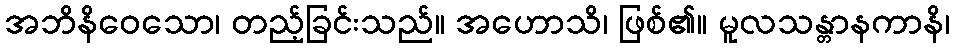
အဘိနိဝေသော၊ တည့်ခြင်းသည်။ အဟောသိ၊ ဖြစ်၏။ မူလသန္တာနကာနိ၊